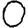
Digit: 0